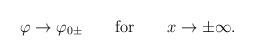
LaTeX: \begin{align*}\varphi\rightarrow \varphi_{0\pm}\quad\quad \mbox{\rm for}\quad\quad x\rightarrow\pm\infty.\end{align*}